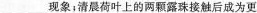
___现象；清晨荷叶上的两颗露珠接触后成为更